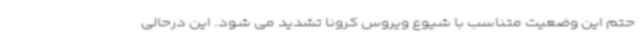
حتم این وضعیت متناسب با شیوع ویروس کرونا تشدید می شود. این درحالی